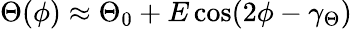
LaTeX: \Theta(\phi)\approx\Theta_{0}+E\cos(2\phi-\gamma_{\Theta})